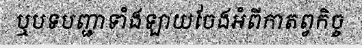
ឬបទបញ្ជាទាំងឡាយចែងអំពីកាតព្វកិច្ច